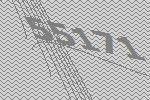
55171